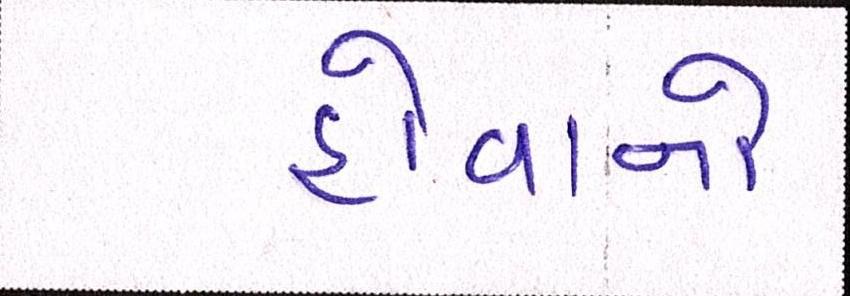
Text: હોવાનો